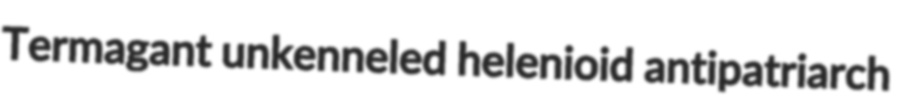
Termagant unkenneled helenioid antipatriarch